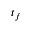
t _ { f }